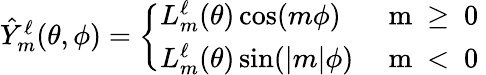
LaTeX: \begin{array}{r}{\hat{Y}_{m}^{\ell}(\theta,\phi)=\left\{ \begin{array}{ll}{L_{m}^{\ell}(\theta)\cos(m\phi)}&{\mathrm{~m~\geq~0~}}\\ {L_{m}^{\ell}(\theta)\sin(\vert m\vert\phi)}&{\mathrm{~m~<~0~}}\end{array}\right.}\end{array}